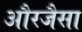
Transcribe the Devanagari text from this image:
औरजैसा